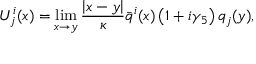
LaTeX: U _ { j } ^ { i } ( x ) = \operatorname * { l i m } _ { x \rightarrow y } { \frac { \left| x - y \right| } { \kappa } } \bar { q } ^ { i } ( x ) \left( 1 + i \gamma _ { 5 } \right) q _ { j } ( y ) ,